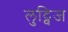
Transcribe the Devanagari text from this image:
लुट्विज